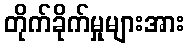
တိုက်ခိုက်မှုများအား